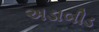
અડાબીડ